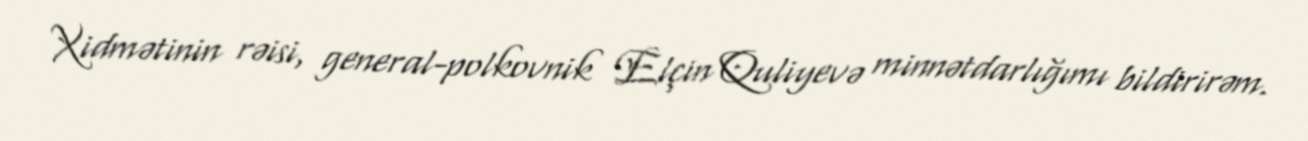
Xidmətinin rəisi, general-polkovnik Elçin Quliyevə minnətdarlığımı bildirirəm.